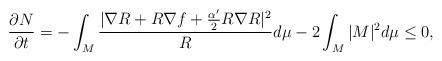
LaTeX: \begin{align*}\frac{\partial N}{\partial t}=-\int_M\frac{|\nabla R+R\nabla f+\frac{\alpha'}{2}R\nabla R|^2}{R}d\mu-2\int_M|M|^2d\mu\leq 0,\end{align*}